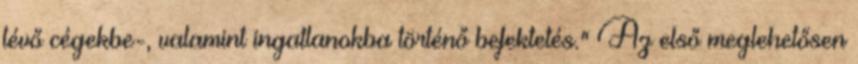
lévő cégekbe-, valamint ingatlanokba történő befektetés." Az első meglehetősen